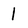
Character: l